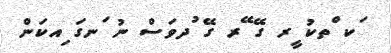
ަކ ްތކު ީރ ގޭ ޭރ ގޭ ުދވަސް ނު ަނގަ ިއކަން